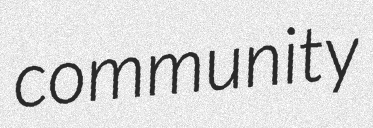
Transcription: community